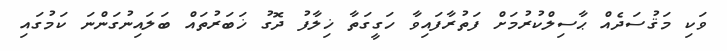
ވަކި މަޤުސަދެއް ޙާސިލްކުރުމަށް ފަތުރާފައިވާ ހަގީގަތާ ޚިލާފު ދޮގު ޚަބަރުތައް ބަލައިނުގަންނަ ކަމުގައި